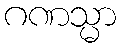
ဂဏသ္မာ